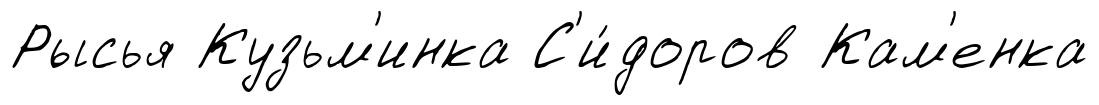
Рысья Кузьм'инка С'и́доров Кам'енка